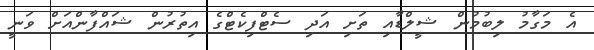
އެ މަގާމު ލިބުމުން ޝީލްޑާއި ތަށި އަދި ސެޓްފިކެޓްގެ އިތުރުން ޝައްފާންއަށް ވަނީ